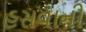
હસવાની